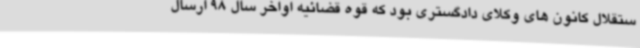
ستقلال کانون های وکلای دادگستری بود که قوه قضائیه اواخر سال 98 ارسال